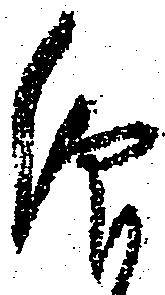
仰